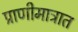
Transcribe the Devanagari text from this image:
प्राणीमात्रात